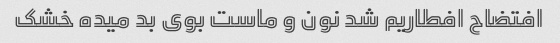
افتضاح افطاریم شد نون و ماست بوی بد میده خشک